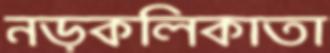
নড়কলিকাতা